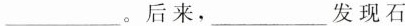
___。后来，___发现石